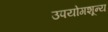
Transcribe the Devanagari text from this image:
उपयोगशून्य